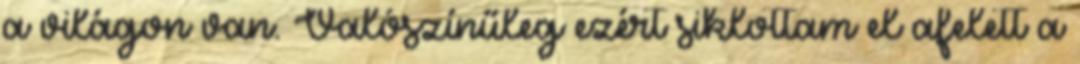
a világon van. Valószínűleg ezért siklottam el afelett a